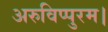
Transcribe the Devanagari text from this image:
अरुविप्पुरम।